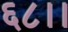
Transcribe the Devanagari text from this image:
६८।।